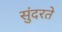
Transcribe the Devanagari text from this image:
सुंदरते